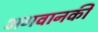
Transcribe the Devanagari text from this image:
भगवानकी